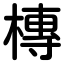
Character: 槫